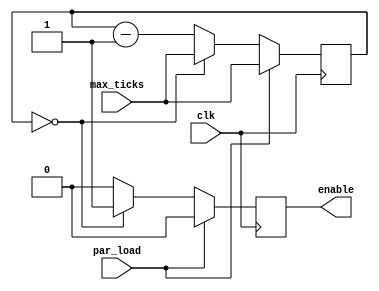
module rate_divider(enable, par_load, max_ticks, clk);
    input par_load, clk;
    input [27:0] max_ticks;
    output reg enable;
    
    reg [27:0] tick; // declare q
    always @(posedge clk) // triggered every time clock rises
    begin
        enable <= 0; // always make enable 0 unless counter is down to 0
        if (par_load == 1'b1) // check if parallel load
            tick <= max_ticks; // reload the tick counter to max value
        else if (tick == 0) // ...otherwise if q is the minimum counter value
        begin
            tick <= max_ticks; // reset q to 0
            enable <= 1; // update enable value
        end
        else // otherwise decrement the count
            tick <= tick - 1'b1;
    end
endmodule